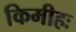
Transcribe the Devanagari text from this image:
किमीहः